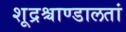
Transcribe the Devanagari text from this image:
शूद्रश्चाण्डालतां